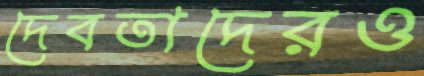
দেবতাদেরও